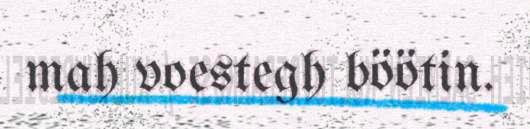
mah voestegh böötin.